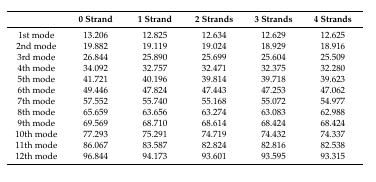
|  | 0 Strand | 1 Strand | 2 Strands | 3 Strands | 4 Strands |
 | --- | --- | --- | --- | --- | --- |
 | 1st mode | 13.206 | 12.825 | 12.634 | 12.629 | 12.625 |
 | 2nd mode | 19.882 | 19.119 | 19.024 | 18.929 | 18.916 |
 | 3rd mode | 26.844 | 25.890 | 25.699 | 25.604 | 25.509 |
 | 4th mode | 34.092 | 32.757 | 32.471 | 32.375 | 32.280 |
 | 5th mode | 41.721 | 40.196 | 39.814 | 39.718 | 39.623 |
 | 6th mode | 49.446 | 47.824 | 47.443 | 47.253 | 47.062 |
 | 7th mode | 57.552 | 55.740 | 55.168 | 55.072 | 54.977 |
 | 8th mode | 65.659 | 63.656 | 63.274 | 63.083 | 62.988 |
 | 9th mode | 69.569 | 68.710 | 68.614 | 68.424 | 68.424 |
 | 10th mode | 77.293 | 75.291 | 74.719 | 74.432 | 74.337 |
 | 11th mode | 86.067 | 83.587 | 82.824 | 82.816 | 82.538 |
 | 12th mode | 96.844 | 94.173 | 93.601 | 93.595 | 93.315 |